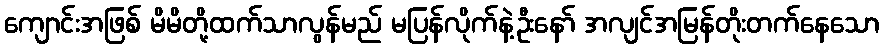
ကျောင်းအဖြစ် မိမိတို့ထက်သာလွန်မည် မပြန်လိုက်နဲ့ဦးနော် အလျင်အမြန်တိုးတက်နေသော